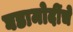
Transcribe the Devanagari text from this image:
घडामोदींचे